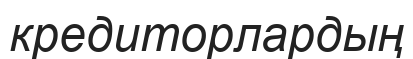
кредиторлардың